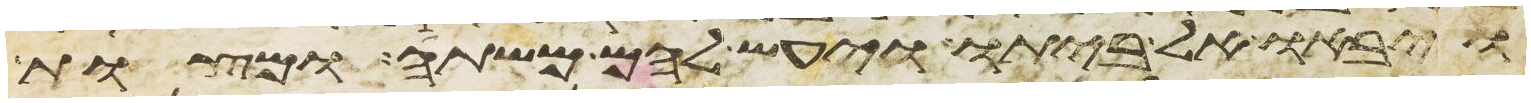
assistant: ויבאו אל ביתו ויעש להם משתה ומצות